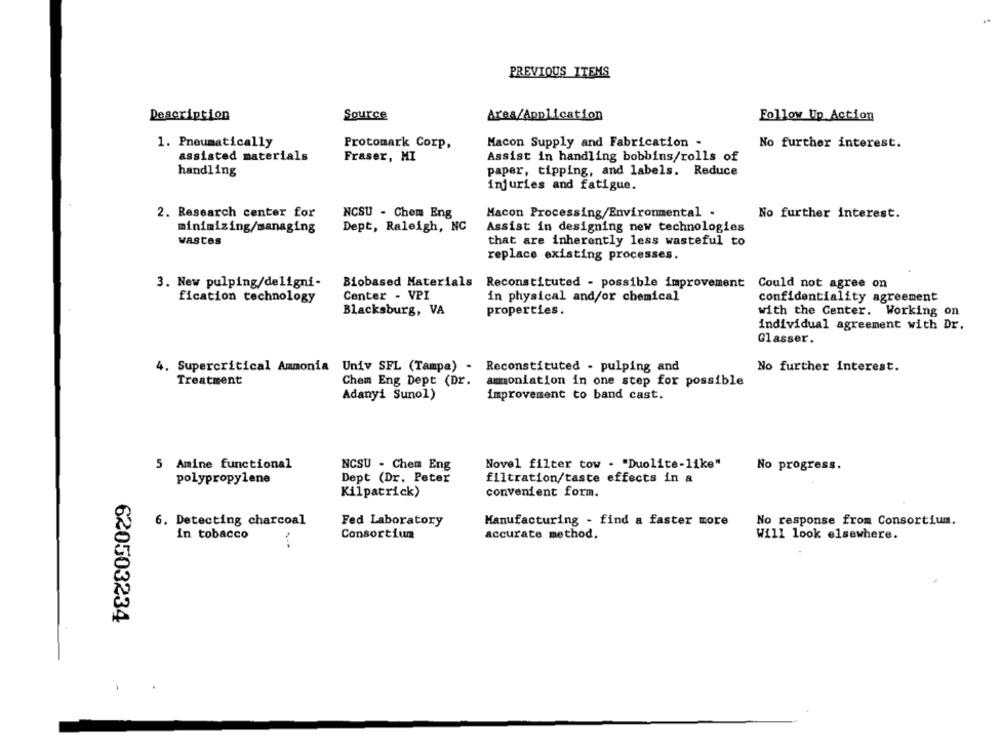
PREVIOUS ITEMS
Description
Source
Area/Application
Follow Up Action
1. Pneumatically
Macon Supply and Fabrication -
Protomark Corp,
No further interest.
assisted materials
Assist in handling bobbins/rolls of
Fraser, MI
handling
paper, tipping, and labels. Reduce
injuries and fatigue.
2. Research center for
NCSU - Chem Eng
Macon Processing/Environmental .
No further interest.
minimizing/managing
Dept, Raleigh, NC
Assist in designing new technologies
wastes
that are inherently less wasteful to
replace existing processes.
3. New pulping/deligni-
Biobased Materials
Reconstituted - possible improvement
Could not agree on
fication technology
Center - VPI
in physical and/or chemical
confidentiality agreement
Blacksburg, VA
properties.
with the Center.
Working on
individual agreement with Dr.
Glasser.
No further interest.
4. Supercritical Ammonia Univ SFL (Tampa) - Reconstituted - pulping and
Treatment
Chem Eng Dept (Dr.
ammoniation in one step for possible
Adanyi Sunol)
improvement to band cast.
5 Amine functional
NCSU - Chem Eng
Novel filter tow . "Duolite-like"
No progress.
polypropylene
Dept (Dr. Peter
filtration/taste effects in a
Kilpatrick)
convenient form.
6. Detecting charcoal
Fed Laboratory
Manufacturing - find a faster more
No response from Consortium.
in tobacco
Consortium
accurate method.
Will look elsewhere.
620503234